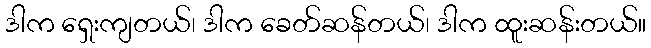
ဒါက ရှေးကျတယ်၊ ဒါက ခေတ်ဆန်တယ်၊ ဒါက ထူးဆန်းတယ်။